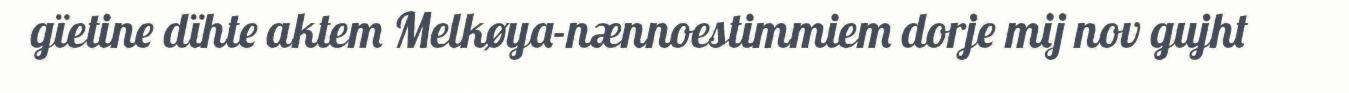
gïetine dïhte aktem Melkøya-nænnoestimmiem dorje mij nov gujht